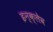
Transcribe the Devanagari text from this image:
इन्क्लेव